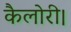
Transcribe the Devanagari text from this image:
कैलोरी।